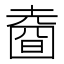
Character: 𡐑